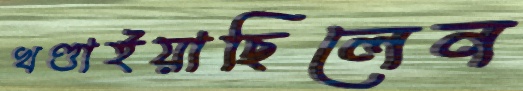
খণ্ডাইয়াছিলেন